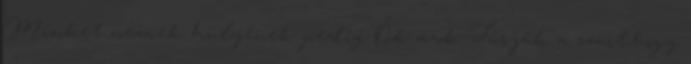
Minket néznek hülyének pedig Ők azok Túrják a szart,hogy